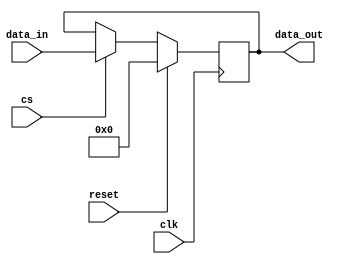
/* Copyright (c) 2018 Upi Tamminen, All rights reserved.
 * See the LICENSE file for more information */

module gpio #(parameter NUM_PINS = 8) (
    input wire clk,
    input wire reset,
    input wire cs,
    input wire [NUM_PINS-1:0] data_in,
    output reg [NUM_PINS-1:0] data_out
);

always @(posedge clk) begin
    if (reset) begin
        data_out <= 8'h00;
    end
    else if (cs) begin
        data_out <= data_in;
    end
end

endmodule